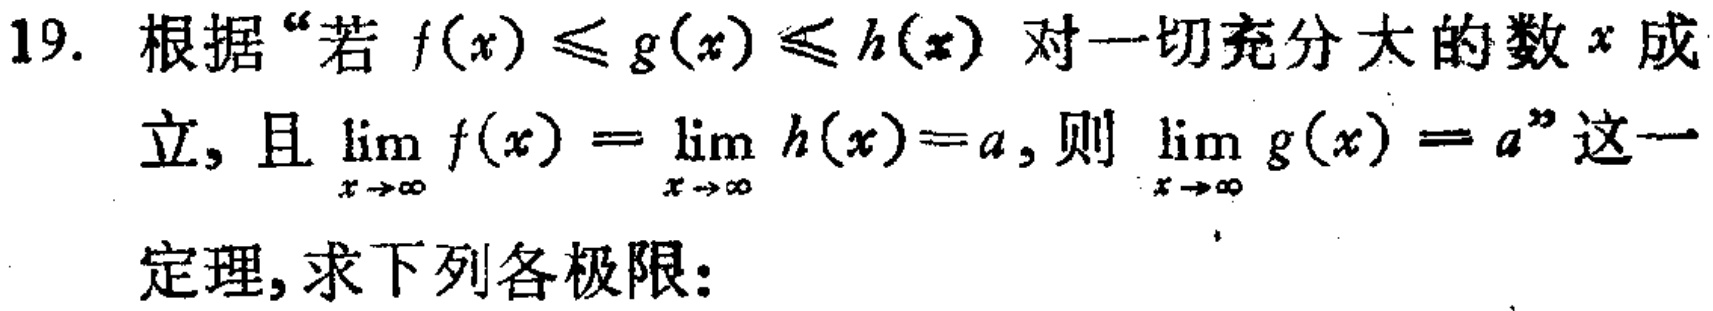
19. 根据“若 \(f(x)\leq g(x)\leq h(x)\) 对一切充分大的数 \(x\) 成立，且 \(\lim_{x \to \infty} f(x)=\lim_{x \to \infty} h(x)=a\)，则 \(\lim_{x \to \infty} g(x)=a\)”这一定理，求下列各极限：